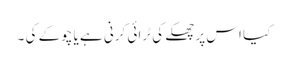
کیا اس پر چھکے کی ٹرائی کرنی ہے یا چوکے کی ۔